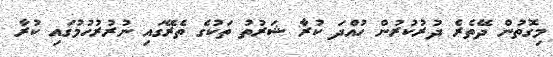
މިގޮތުން ދޭތެރެ ދުރުކުރުން ހުއްދަ ކުރާ ޝަރުތު ތަކުގެ ތެރޭގައި ނުރުރުހުމުގައި ކުރާ